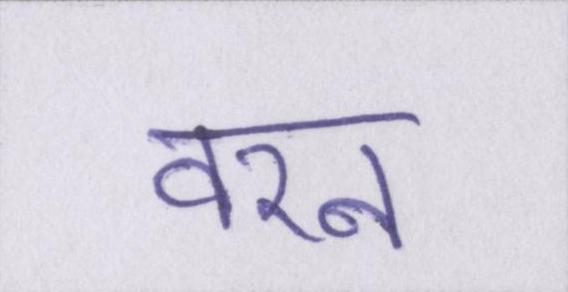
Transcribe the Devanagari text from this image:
वरन